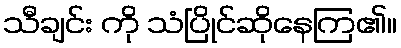
သီချင်း ကို သံပြိုင်ဆိုနေကြ၏။